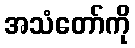
အသံတော်ကို